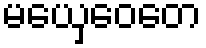
မယှေဝေတေ